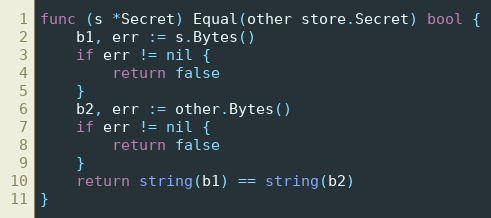
Language: Go
func (s *Secret) Equal(other store.Secret) bool {
	b1, err := s.Bytes()
	if err != nil {
		return false
	}
	b2, err := other.Bytes()
	if err != nil {
		return false
	}
	return string(b1) == string(b2)
}